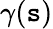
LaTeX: \gamma(\mathtt{s})